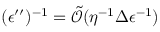
( \epsilon ^ { \prime \prime } ) ^ { - 1 } = \tilde { \mathcal { O } } ( \eta ^ { - 1 } \Delta \epsilon ^ { - 1 } )